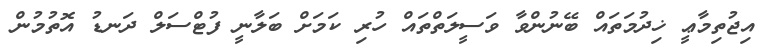
އިޖުތިމާޢީ ޚިދުމަތައް ބޭނުންވާ ވަސީލަތްތައް ހުރި ކަމަށް ބަލާނީ ފުޓްސަލް ދަނޑު އޮތުމުން